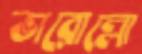
ভারোল্লো